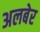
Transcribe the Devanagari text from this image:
अलबेर